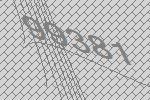
99381